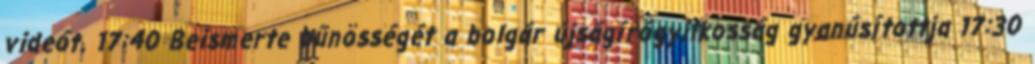
videót. 17:40 Beismerte bűnösségét a bolgár újságírógyilkosság gyanúsítottja 17:30